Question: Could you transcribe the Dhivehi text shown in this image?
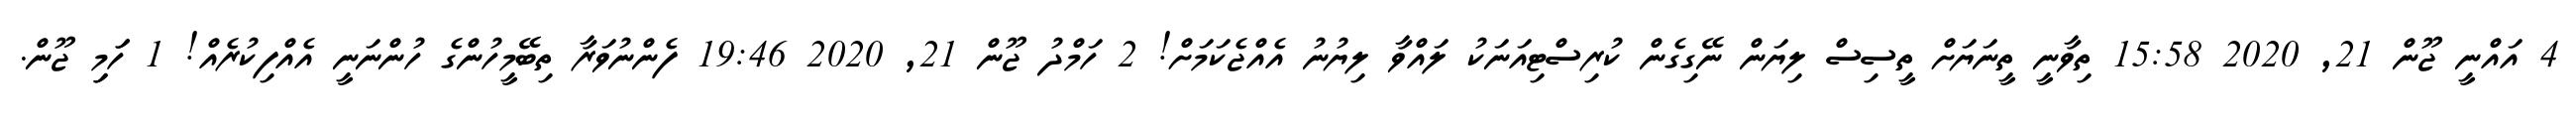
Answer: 4 އައްނީ ޖޫން 21, 2020 15:58 ތިވާނީ ތީނަޔަށް ތީސިސް ލިޔަން ނޭގިގެން ކުރިސްޓިއަނަކު ލައްވާ ލިޔުނު އެއްޖެކަމަށް! 2 ހަމްދު ޖޫން 21, 2020 19:46 ފެންނުވަރާ ތިބޭމީހުންގެ ހުންނަނީ އެއްފިކުރެއް! 1 ހަަމިި ޖޫން.